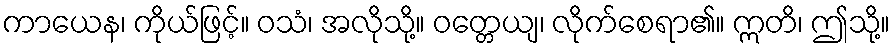
ကာယေန၊ ကိုယ်ဖြင့်။ ဝသံ၊ အလိုသို့။ ဝတ္တေယျ၊ လိုက်စေရာ၏။ ဣတိ၊ ဤသို့။